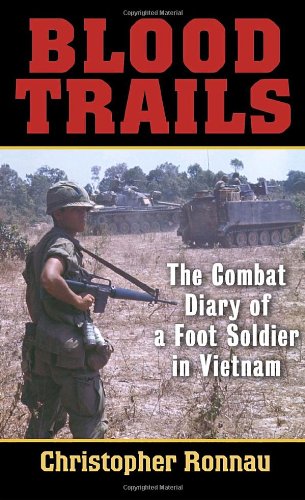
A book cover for Blood Trails: The Combat Diary of a Foot Soldier in Vietnam; Christopher Ronnau; History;